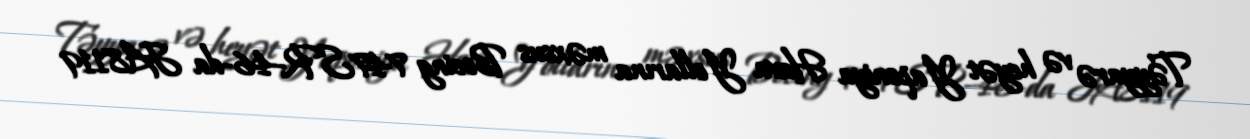
Təyyarə və heyət Yaponiya Hava Yollarına məxsus Boeing 747SR-46-da JA8119